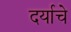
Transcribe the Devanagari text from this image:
दर्याचे